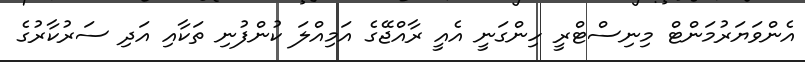
އެންވަޔަރުމަންޓް މިނިސްޓްރީ ހިންގަނީ އެއީ ރާއްޖޭގެ އަމިއްލަ ކުންފުނި ތަކާއި އަދި ސަރުކާރުގެ